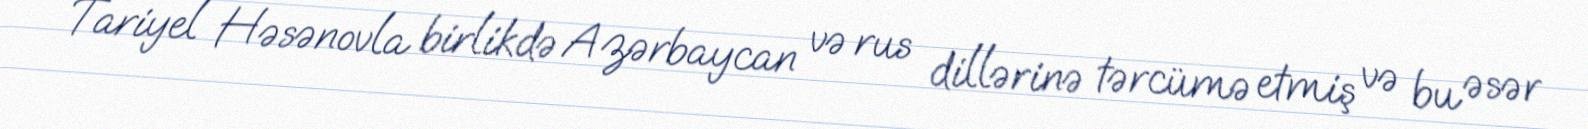
Tariyel Həsənovla birlikdə Azərbaycan və rus dillərinə tərcümə etmiş və bu əsər